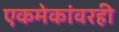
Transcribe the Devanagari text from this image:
एकमेकांवरही